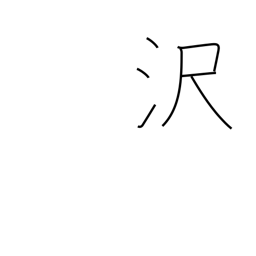
Meaning: brilliance